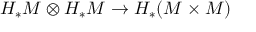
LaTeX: H _ { * } M \otimes H _ { * } M \to H _ { * } ( M \times M )